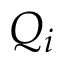
Q _ { i }